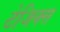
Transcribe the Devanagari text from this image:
टेजिक्स